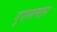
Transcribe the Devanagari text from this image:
गुएलमार